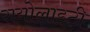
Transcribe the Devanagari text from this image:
रायोलाइटी